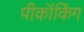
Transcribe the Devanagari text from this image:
पीकॉकिंग